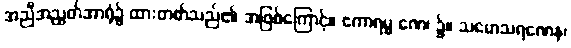
အညီအညွတ်အာရုံ၌ ထားတတ်သည်၏ အဖြစ်ကြောင့်။ ဧကာရမ္မ ဏေ၊ ၌။ သမောသရဏေန၊